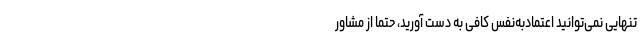
تنهایی نمی‌توانید اعتمادبه‌‌نفس کافی به دست آورید، حتماً از مشاور